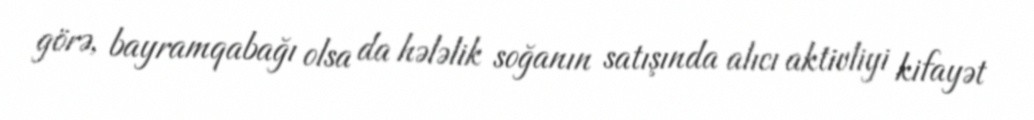
görə, bayramqabağı olsa da hələlik soğanın satışında alıcı aktivliyi kifayət